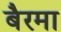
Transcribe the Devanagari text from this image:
बैरमा